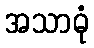
အသာဓုံ